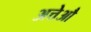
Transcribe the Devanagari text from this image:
अत्तेऔ